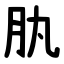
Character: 肒